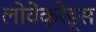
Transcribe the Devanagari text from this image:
लोवेंक्रेंड्स